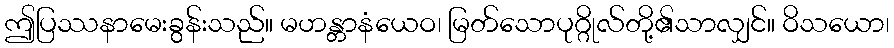
ဤပြဿနာမေးခွန်းသည်။ မဟန္တာနံယေဝ၊ မြတ်သောပုဂ္ဂိုလ်တို့၏သာလျှင်။ ဝိသယော၊